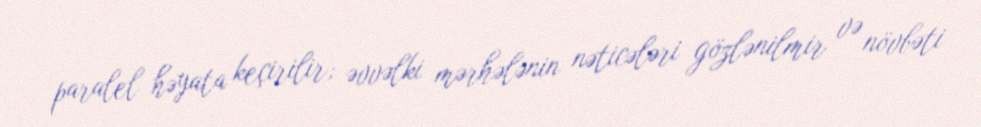
paralel həyata keçirilir; əvvəlki mərhələnin nəticələri gözlənilmir və növbəti